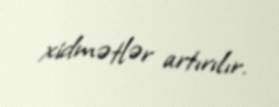
xidmətlər artırılır.